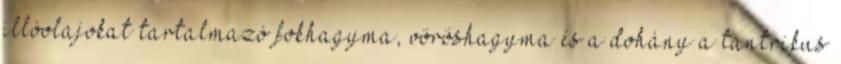
illóolajokat tartalmazó fokhagyma, vöröshagyma és a dohány a tantrikus